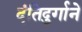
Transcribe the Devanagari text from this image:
दंतिदुर्गाने